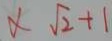
x \sqrt { 2 } + 1